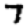
Digit: 7